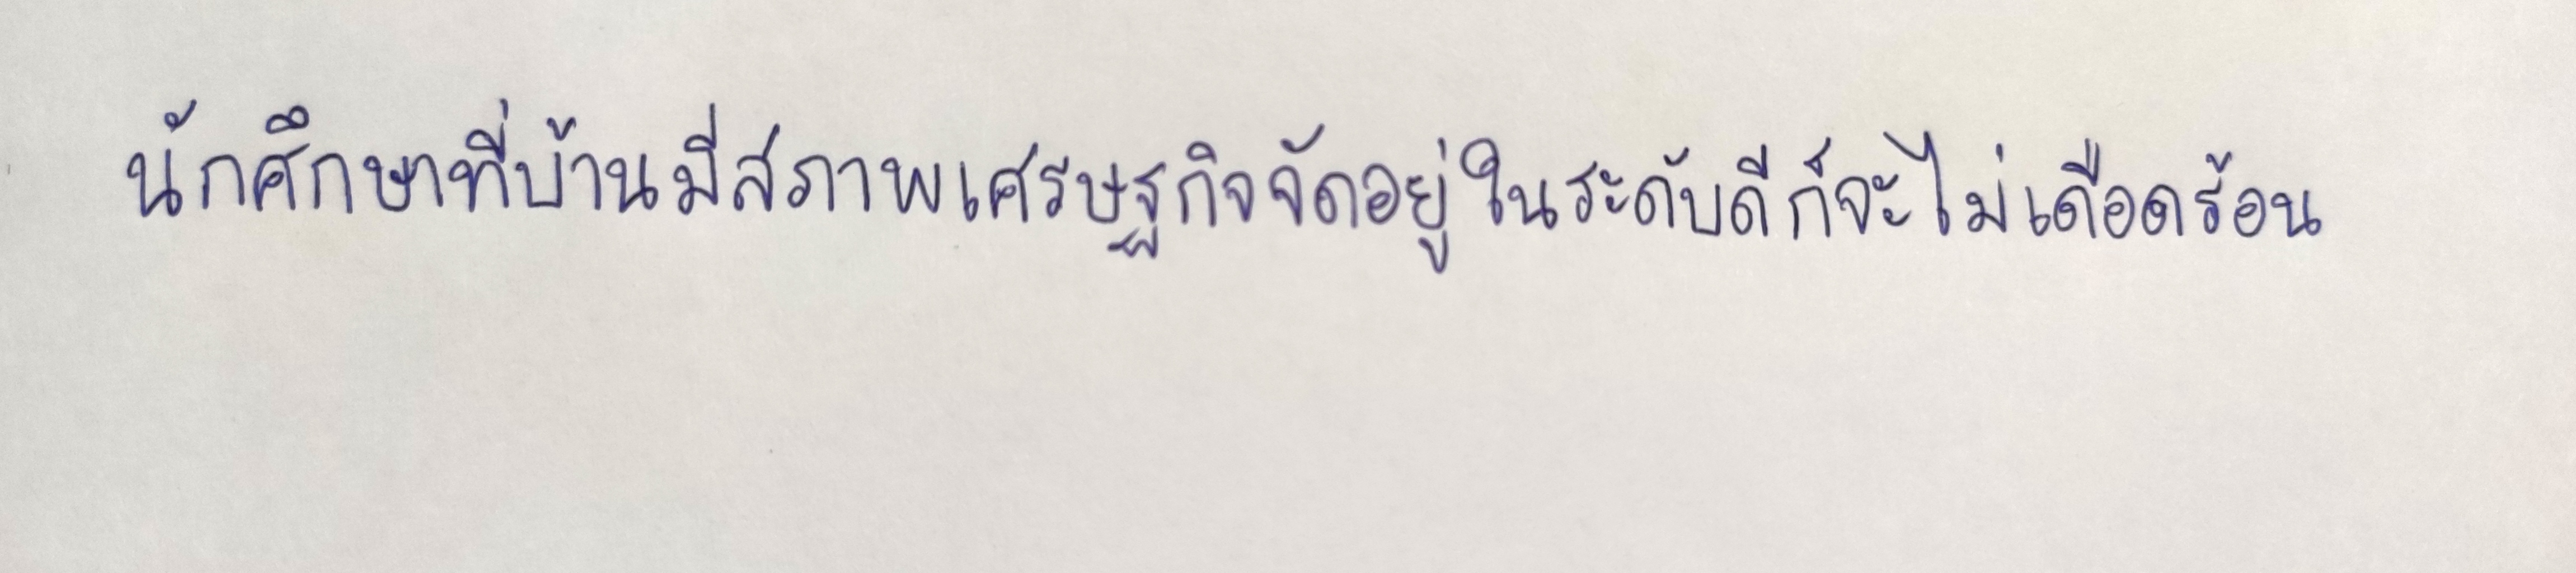
นักศึกษาที่บ้านมีสภาพเศรษฐกิจจัดอยู่ในระดับดีก็จะไม่เดือดร้อน